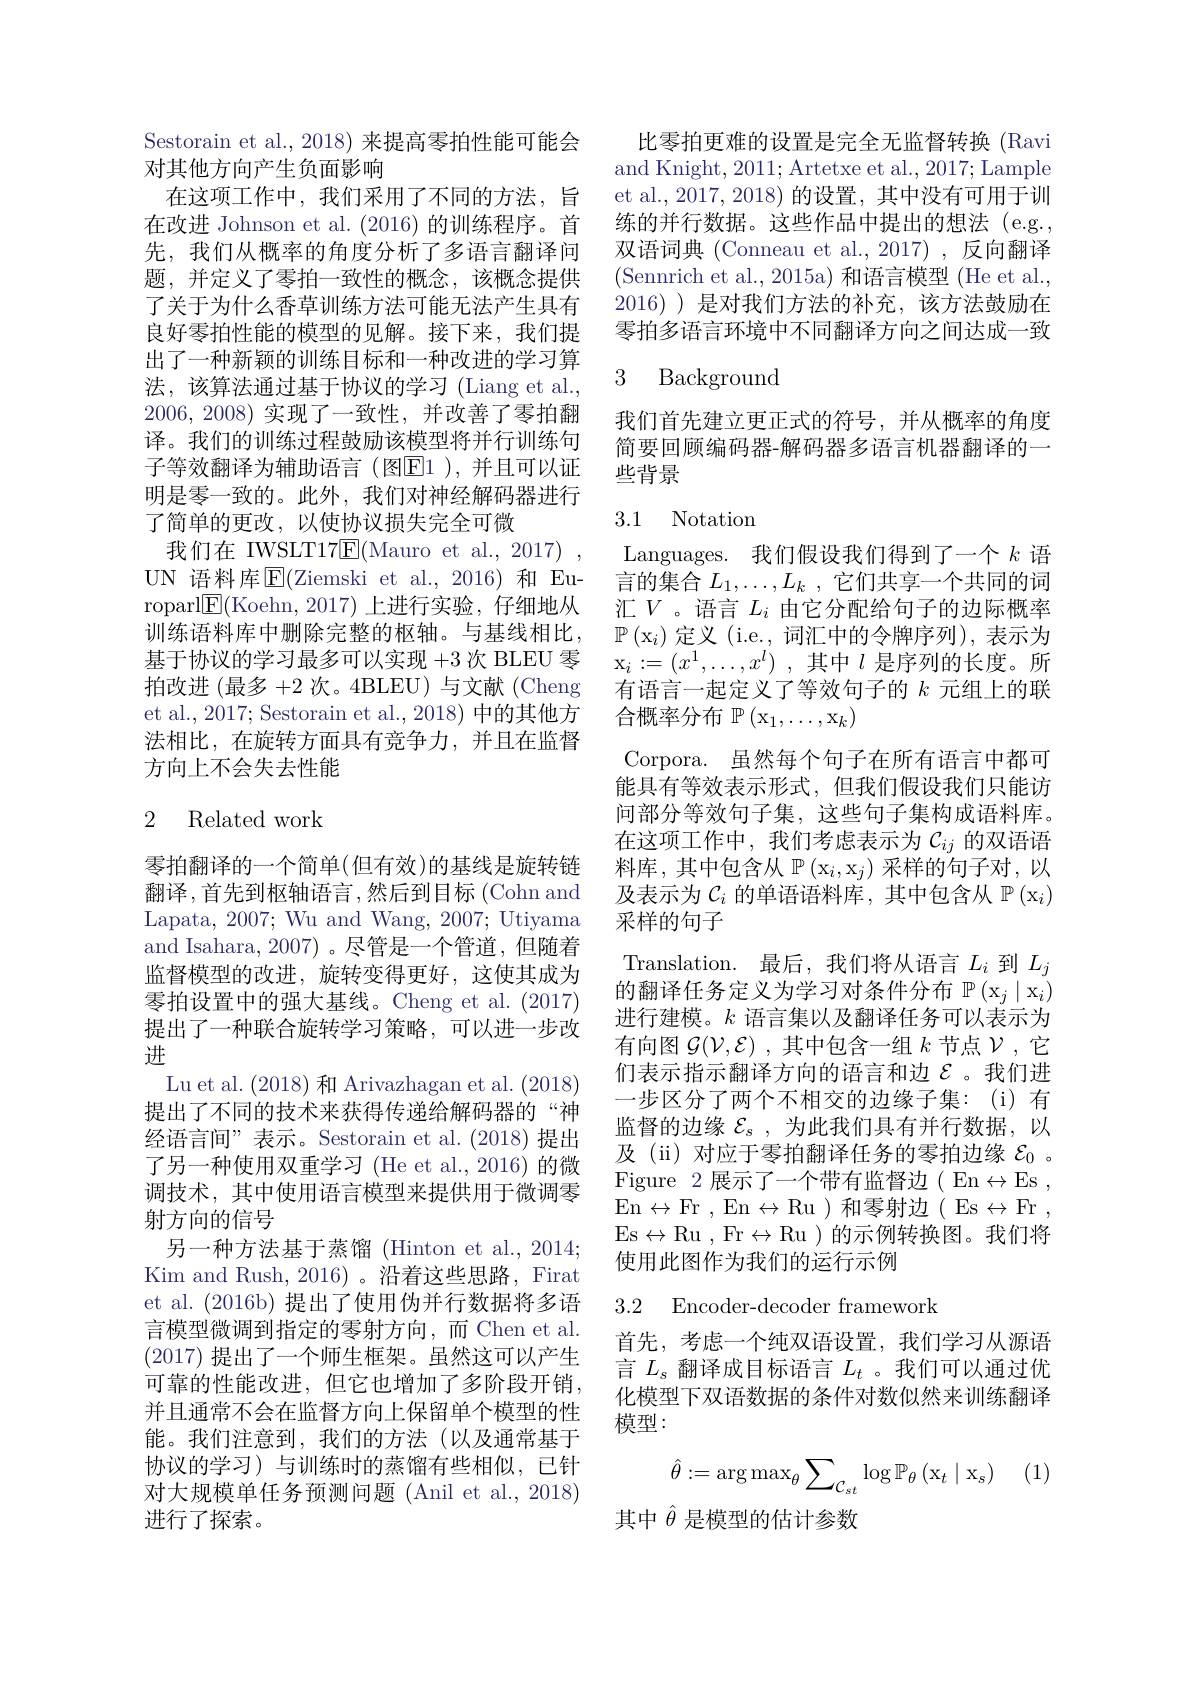
Sestorain et al., 2018) 来提高零拍性能可能会
对其他方向产生负面影响
在这项工作中，我们采用了不同的方法，旨在改进 Johnson et al. (2016) 的训练程序。首先，我们从概率的角度分析了多语言翻译问题，并定义了零拍一致性的概念，该概念提供了关于为什么香草训练方法可能无法产生具有良好零拍性能的模型的见解。接下来，我们提出了一种新颖的训练目标和一种改进的学习算法，该算法通过基于协议的学习 (Liang et al., 2006, 2008)实现了一致性，并改善了零拍翻译。我们的训练过程鼓励该模型将并行训练句子等效翻译为辅助语言(图E|1 ),并且可以证明是零一致的。此外，我们对神经解码器进行了简单的更改，以使协议损失完全可微
我们在 IWSLT17$\mathsf{E}($Mauro et al.,2017) , UN 语料库$\overline{\mathrm{E}}($Ziemski et al.,2016)和 Europarl$\mathbb{E}($Koehn,2017)上进行实验，仔细地从训练语料库中删除完整的枢轴。与基线相比， 基于协议的学习最多可以实现+3 次 BLEU 零拍改进 (最多 +2 次。4BLEU) 与文献 (Cheng et al., 2017; Sestorain et al., 2018) 中的其他方法相比，在旋转方面具有竞争力，并且在监督方向上不会失去性能

## 2 Related work

零拍翻译的一个简单(但有效)的基线是旋转链翻译，首先到枢轴语言，然后到目标(Cohn and Lapata, 2007; Wu and Wang, 2007; Utiyama and Isahara, 2007)。尽管是一个管道，但随着监督模型的改进，旋转变得更好，这使其成为零拍设置中的强大基线。Cheng et al. (2017) 提出了一种联合旋转学习策略，可以进一步改进
Lu et al. (2018)和 Arivazhagan et al. (2018) 提出了不同的技术来获得传递给解码器的“神经语言间”表示。Sestorain et al.(2018)提出了另一种使用双重学习 (He et al.,2016) 的微调技术，其中使用语言模型来提供用于微调零射方向的信号
另一种方法基于蒸馏 (Hinton et al., 2014; Kim and Rush, 2016) 。沿着这些思路，Firat et al. (2016b) 提出了使用伪并行数据将多语言模型微调到指定的零射方向，而 Chen et al. (2017)提出了一个师生框架。虽然这可以产生可靠的性能改进，但它也增加了多阶段开销， 并且通常不会在监督方向上保留单个模型的性能。我们注意到，我们的方法(以及通常基于协议的学习)与训练时的蒸馏有些相似，已针对大规模单任务预测问题(Anil et al., 2018) 进行了探索。

比零拍更难的设置是完全无监督转换(Ravi and Knight, 2011; Artetxe et al., 2017; Lample et al., 2017, 2018) 的设置，其中没有可用于训练的并行数据。这些作品中提出的想法(e.g., 双语词典 (Conneau et al., 2017) , 反向翻译(Sennrich et al., 2015a) 和语言模型 (He et al., 2016) )是对我们方法的补充，该方法鼓励在零拍多语言环境中不同翻译方向之间达成一致

## 3 Background

我们首先建立更正式的符号，并从概率的角度简要回顾编码器-解码器多语言机器翻译的一些背景

## 3.1 Notation

Languages. 我们假设我们得到了一个$k$语言的集合$L_1,\ldots,L_k$ ,它们共享一个共同的词汇$V$。语言 $L_i$ 由它分配给句子的边际概率$\mathbb{P} \left ( \mathrm{x} _{i}\right )$定义$\left(\mathrm{i.e.,}\text{词汇中的令牌序列}\right)$,表示为$\mathrm{x} _i: = ( x^1, \ldots , x^l)$ ,其中$l$是序列的长度。所有语言一起定义了等效句子的$k$元组上的联合概率分布$\mathbb{P} \left ( \mathrm{x} _1, \ldots , \mathrm{x} _k\right )$
Corpora. 虽然每个句子在所有语言中都可能具有等效表示形式，但我们假设我们只能访问部分等效句子集，这些句子集构成语料库。在这项工作中，我们考虑表示为$\mathcal{C}_{ij}$的双语语料库，其中包含从$\mathbb{P} \left ( \mathrm{x} _i, \mathrm{x} _j\right )$采样的句子对，以及表示为$\mathcal{C}_i$的单语语料库，其中包含从$\mathbb{P} \left ( \mathrm{x} _i\right )$ 采样的句子
Translation. 最后，我们将从语言$L_i$到$L_j$ 的翻译任务定义为学习对条件分布$\mathbb{P} \left ( \mathrm{x} _j\mid \mathrm{x} _i\right )$ 进行建模。$k$语言集以及翻译任务可以表示为有向图$\mathcal{G}(\mathcal{V},\mathcal{E})$ ,其中包含一组$k$节点$\mathcal{V}$ ,它们表示指示翻译方向的语言和边$\varepsilon$ 。我们进一步区分了两个不相交的边缘子集：(i)有监督的边缘$\mathcal{E}_s$,为此我们具有并行数据，以及(ii) 对应于零拍翻译任务的零拍边缘$\mathcal{E}_0$ 。Figure 2 展示了一个带有监督边(En$\leftrightarrow$Es , En$\leftrightarrow$Fr,En$\leftrightarrow$Ru)和零射边(Es$\leftrightarrow$Fr, Es$\leftrightarrow$Ru,Fr$\leftrightarrow$Ru)的示例转换图。我们将使用此图作为我们的运行示例

3.2 Encoder-decoder framework

首先，考虑一个纯双语设置，我们学习从源语言$L_s$翻译成目标语言$L_t$ 。我们可以通过优化模型下双语数据的条件对数似然来训练翻译模型：

(1)
$$\hat{\theta}:=\arg\max_{\theta}\sum_{\mathcal{C}_{st}}\log\mathbb{P}_{\theta}\left(\mathrm x_{t}\mid\mathrm x_{s}\right)$$
其中$\hat{\theta}$是模型的估计参数